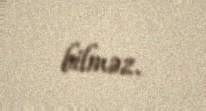
bilməz.